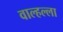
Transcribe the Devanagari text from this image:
वाल्हल्ला